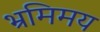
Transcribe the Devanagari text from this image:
भ्रमिमय